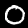
Label: 0